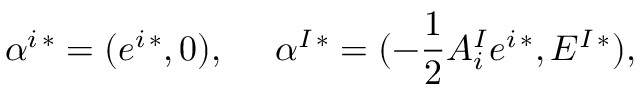
\alpha ^ { i \, * } = ( e ^ { i \, * } , 0 ) , \ \ \ \ \alpha ^ { I \, * } = ( - { \frac { 1 } { 2 } } A _ { i } ^ { I } e ^ { i \, * } , E ^ { I \, * } ) ,